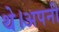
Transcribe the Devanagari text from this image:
थे।अपनी